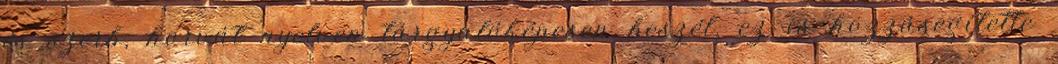
és szerb, horvát nyelven tárgyalóképesen beszél, ez is hozzásegítette